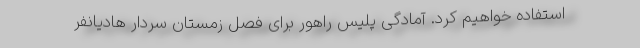
استفاده خواهیم کرد. آمادگی پلیس راهور برای فصل زمستان سردار هادیانفر